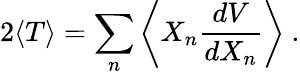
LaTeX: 2\langle T\rangle=\sum_{n}\left\langle X_{n}{\frac{dV}{dX_{n}}}\right\rangle~.